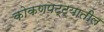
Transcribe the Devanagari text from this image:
कोकणपट्ट्यातील